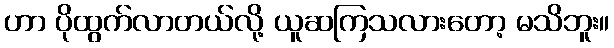
ဟာ ပိုထွက်လာတယ်လို့ ယူဆကြသလားတော့ မသိဘူး။